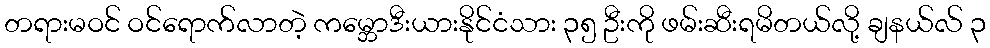
တရားမဝင် ဝင်ရောက်လာတဲ့ ကမ္ဘောဒီးယားနိုင်ငံသား ၃၅ ဦးကို ဖမ်းဆီးရမိတယ်လို့ ချနယ်လ် ၃